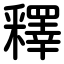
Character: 釋